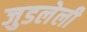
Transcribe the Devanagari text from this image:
जुडलेली